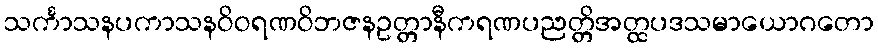
သင်္ကာသနပကာသနဝိဝရဏဝိဘဇနဥတ္တာနီကရဏပညတ္တိအတ္ထပဒသမာယောဂတော